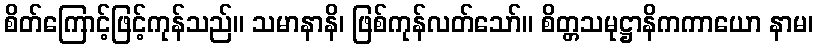
စိတ်ကြောင့်ဖြင့်ကုန်သည်။ သမာနာနိ၊ ဖြစ်ကုန်လတ်သော်။ စိတ္တသမုဋ္ဌာနိကကာယော နာမ၊